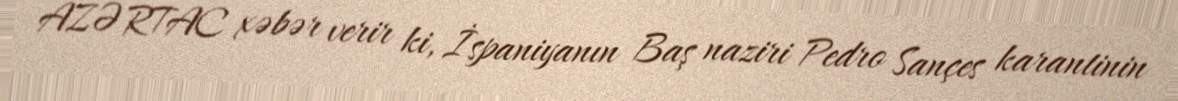
AZƏRTAC xəbər verir ki, İspaniyanın Baş naziri Pedro Sançes karantinin